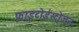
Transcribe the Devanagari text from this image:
फाइटोईस्ट्रोजन